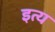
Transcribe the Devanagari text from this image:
इत्य